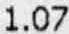
1.07